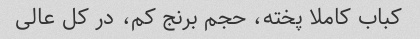
کباب کاملا پخته، حجم برنج کم، در کل عالی